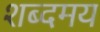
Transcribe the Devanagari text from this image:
शब्दमय